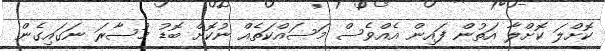
ކޮށްލަ ކޮށްލާ އަތުން ފައިން އެއްވެސް މަސައްކަތެއް ނުކޮށް ބޮޑު މުސާރަ ނަގައިގެން